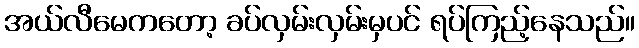
အယ်လီမေကတော့ ခပ်လှမ်းလှမ်းမှပင် ရပ်ကြည့်နေသည်။